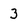
Character: 3